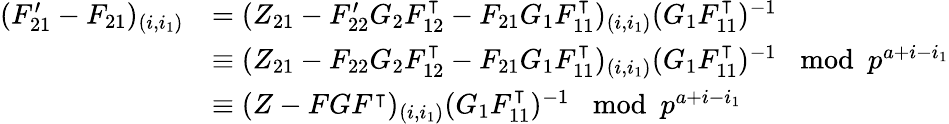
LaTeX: \begin{array}{rl}{(F_{21}^{\prime}-F_{21})_{(i,i_{1})}}&{=(Z_{21}-F_{22}^{\prime}G_{2}F_{12}^{\intercal}-F_{21}G_{1}F_{11}^{\intercal})_{(i,i_{1})}(G_{1}F_{11}^{\intercal})^{-1}}\\ &{\equiv(Z_{21}-F_{22}G_{2}F_{12}^{\intercal}-F_{21}G_{1}F_{11}^{\intercal})_{(i,i_{1})}(G_{1}F_{11}^{\intercal})^{-1}\mod p^{a+i-i_{1}}}\\ &{\equiv(Z-FGF^{\intercal})_{(i,i_{1})}(G_{1}F_{11}^{\intercal})^{-1}\mod p^{a+i-i_{1}}}\end{array}